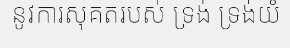
នូវការសុគតរបស់ ទ្រង់ ទ្រង់យំ